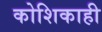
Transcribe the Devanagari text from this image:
कोशिकाही